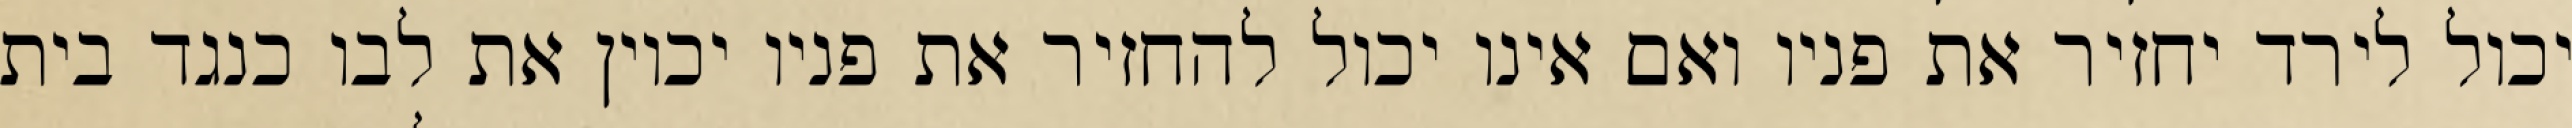
יכול לירד יחזיר את פניו ואם אינו יכול להחזיר את פניו יכוין את לבו כנגד בית